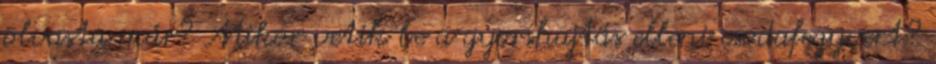
olvasta már? Mikor vetik be a gyorshajtás elleni csodafegyvert?